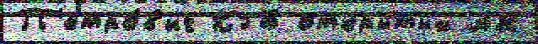
П'етро́в'ич КГБ откры́тых АН